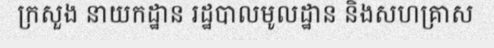
ក្រសួង នាយកដ្ឋាន រដ្ឋបាលមូលដ្ឋាន និងសហគ្រាស